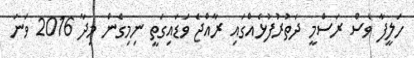
ހަލީފާ ވެސް ރަސްމީ ދަތުރުފުޅެއްގައި ރާއްޖެ ވަޑައިގަތީ ނިމިގެން މިދާ 2016 ވަނަ